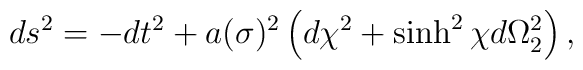
ds^2=-dt^2+a(\sigma)^2\left(d\chi^2+\sinh^2\chi d\Omega_2^2\right),